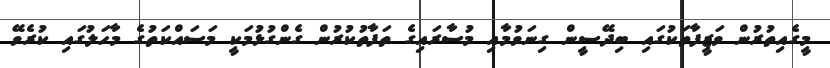
މީގެއިތުރުން ވަޒީފާތަކުގައި ބިދޭސީން ގިނަވުމާއި މުސާރައިގެ ތަފާތުކުރުން ގެންގުޅުމަކީ މަސައްކަތުގެ މާހަލުގައި ކުރެވޭ